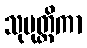
သုမုတ္တိကာ